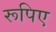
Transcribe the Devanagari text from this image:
रूपिए